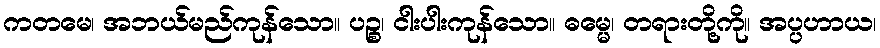
ကတမေ၊ အဘယ်မည်ကုန်သော။ ပဉ္စ၊ ငါးပါးကုန်သော။ ဓမ္မေ၊ တရားတို့ကို။ အပ္ပဟာယ၊